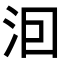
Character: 𭰊